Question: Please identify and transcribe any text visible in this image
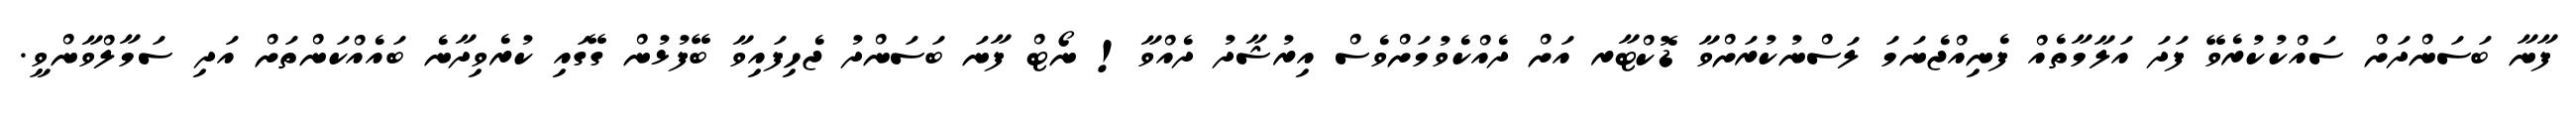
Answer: ފާނާ ބަސަންދަށް ސައްކުކުރެވޭ ފަދަ އަލާމާތެއް ފެނިއްޖެނަމަ ލަސްނުކުރަށްވާ ޑޮކްޓާރ އަށް ދެއްކެވުމަށްވެސް އިރުޝާދު ދެއްވާ! ނޯޓް ފާނަ ބަސަންދު ޖެހިފައިވާ ބޭފުޅުން ގޭގައި ކުރެވިދާނެ ބައެއްކަންތަށް އަދި ސަމާލްވާންވީ.